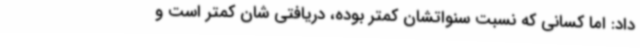
داد: اما کسانی که نسبت سنواتشان کمتر بوده، دریافتی شان کمتر است و